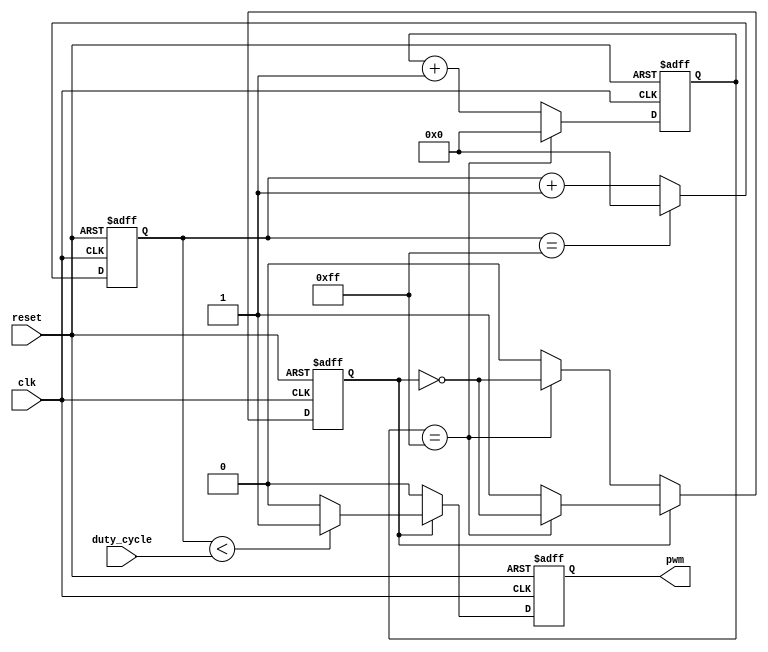
module PWM_Pulse_Generator(
    input wire clk,
    input wire reset,
    input wire [7:0] duty_cycle,
    output reg pwm
);

reg [7:0] width_counter;
reg [7:0] period_counter;
reg generate_pulse;

always @(posedge clk or posedge reset) begin
    if(reset) begin
        width_counter <= 0;
        period_counter <= 0;
        generate_pulse <= 0;
        pwm <= 0;
    end else begin
        if(generate_pulse) begin
            if(width_counter < duty_cycle) begin
                pwm <= 1;
            end else begin
                pwm <= 0;
            end
            
            if(period_counter == 255) begin
                period_counter <= 0;
                generate_pulse <= ~generate_pulse;
            end else begin
                period_counter <= period_counter + 1;
            end
        end else begin
            pwm <= 0;
            
            if(period_counter == 255) begin
                period_counter <= 0;
                generate_pulse <= ~generate_pulse;
            end else begin
                period_counter <= period_counter + 1;
            end
        end
        
        if(width_counter == 255) begin
            width_counter <= 0;
        end else begin
            width_counter <= width_counter + 1;
        end
    end
end

endmodule